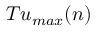
T u _ { m a x } ( n )